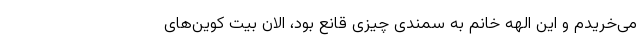
می­خریدم و این الهه خانم به سمندی چیزی قانع بود، الان بیت کوین­های